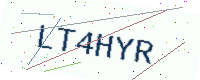
Text: LT4HYR